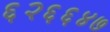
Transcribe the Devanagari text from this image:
६२६६४७